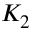
K _ { 2 }